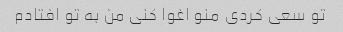
تو سعی کردی منو اغوا کنی من به تو افتادم